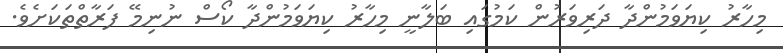
މިހާރު ކިޔަވަމުންދާ ދަރިވަރުން ކަމުގައި ބަލާނީ މިހާރު ކިޔަވަމުންދާ ކޯސް ނުނިމޭ ފަރާތްތަކަށެވެ.